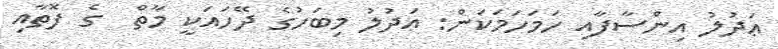
ޢަދުލު އިންސާފާއި ހަމަހަމަކަން: ޢަދުލު މިބަހުގެ ދޭހައަކީ މާތް  ގެ ފޮތާއި